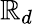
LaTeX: \mathbb{R}_{d}